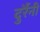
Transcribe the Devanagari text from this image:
दुर्रैनी